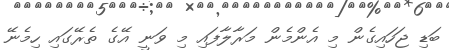
ބަޑި ޖަހައިގެން މި އެންމެން މަރާލާފައި މި ވަނީ އޭގެ ތެރޭގައި ހިމެނޭ